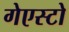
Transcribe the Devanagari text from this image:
गेएस्टो